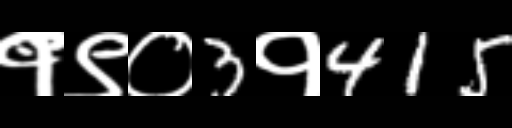
Text: १९०3१415